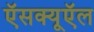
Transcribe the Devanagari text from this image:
ऍसक्यूऍल